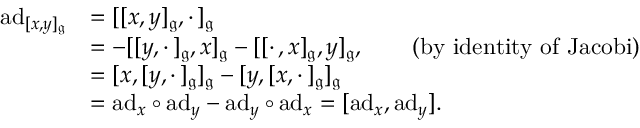
\begin{array} { r l } { \mathrm { a d } _ { [ x , y ] _ { \mathfrak g } } } & { = [ [ x , y ] _ { \mathfrak g } , \cdot \, ] _ { \mathfrak g } } \\ & { = - [ [ y , \cdot \, ] _ { \mathfrak g } , x ] _ { \mathfrak g } - [ [ \cdot \, , x ] _ { \mathfrak g } , y ] _ { \mathfrak g } , \qquad ( \mathrm { b y ~ i d e n t i t y ~ o f ~ J a c o b i } ) } \\ & { = [ x , [ y , \cdot \, ] _ { \mathfrak g } ] _ { \mathfrak g } - [ y , [ x , \cdot \, ] _ { \mathfrak g } ] _ { \mathfrak g } } \\ & { = \mathrm { a d } _ { x } \circ \mathrm { a d } _ { y } - \mathrm { a d } _ { y } \circ \mathrm { a d } _ { x } = [ \mathrm { a d } _ { x } , \mathrm { a d } _ { y } ] . } \end{array}